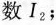
数I_{2}；